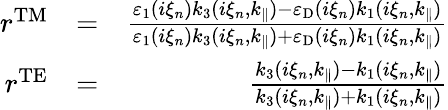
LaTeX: \begin{array}{rlr}{r^{\mathrm{TM}}}&{=}&{\frac{\varepsilon_{1}(i\xi_{n})k_{3}(i\xi_{n},k_{\parallel})-\varepsilon_{\mathrm{D}}(i\xi_{n})k_{1}(i\xi_{n},k_{\parallel})}{\varepsilon_{1}(i\xi_{n})k_{3}(i\xi_{n},k_{\parallel})+\varepsilon_{\mathrm{D}}(i\xi_{n})k_{1}(i\xi_{n},k_{\parallel})}}\\ {r^{\mathrm{TE}}}&{=}&{\frac{k_{3}(i\xi_{n},k_{\parallel})-k_{1}(i\xi_{n},k_{\parallel})}{k_{3}(i\xi_{n},k_{\parallel})+k_{1}(i\xi_{n},k_{\parallel})}}\end{array}